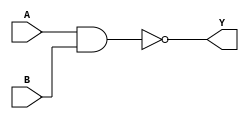
module GateLevel(A,B,Y);
input A,B;
output Y;

    nand(Y, A, B);   /// and is a built-in primitivie gate 
        
endmodule